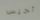
أجلس